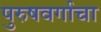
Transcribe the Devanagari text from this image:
पुरुषवर्गाचा